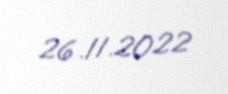
26.11.2022